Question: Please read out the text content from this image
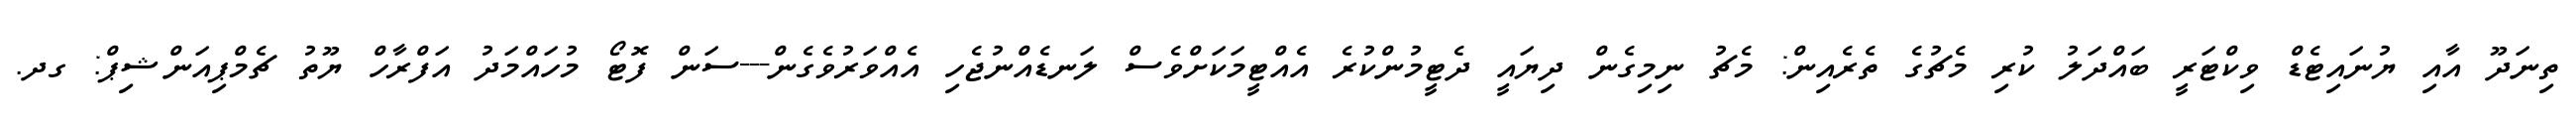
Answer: ތިނަދޫ އާއި ޔުނައިޓެޑް ވިކްޓަރީ ބައްދަލު ކުރި މެޗުގެ ތެރެއިން: މެޗު ނިމިގެން ދިޔައީ ދެޓީމުންކުރެ އެއްޓީމަކަށްވެސް ލަނޑެއްނުޖެހި އެއްވަރުވެގެން---ސަން ފޮޓޯ މުހައްމަދު އަފްރާހް ޔޫތު ޗެމްޕިއަންޝިޕް: ގދ.